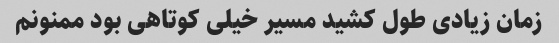
زمان زیادی طول کشید مسیر خیلی کوتاهی بود ممنونم